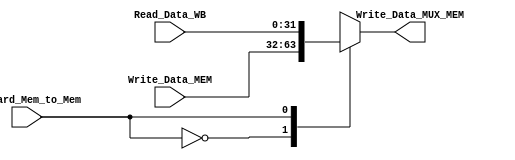
// when Forward_Mem_to_Mem is high, Write_Data_MEM is forwarded to Write_Data_MUX_MEM.
// This deals with hazard when lw, sw to same location.
// selection signal Forward_Mem_to_Mem is from Hazard handling unit


module MEM_to_MEM_Forward(
						input [31:0]	   Write_Data_MEM,
						input [31:0]		Read_Data_WB,
						
						input 				Forward_Mem_to_Mem,
						
						output reg [31:0]	Write_Data_MUX_MEM
			     );
   
	initial 
	begin
		Write_Data_MUX_MEM <= 32'd0;
	end
	
	parameter	First		=	0,
					Second	=	1;
					
   always@(*) begin
		case(Forward_Mem_to_Mem)
				First: 	Write_Data_MUX_MEM <= Write_Data_MEM;
				Second: 	Write_Data_MUX_MEM <= Read_Data_WB;
				default: Write_Data_MUX_MEM <= Write_Data_MEM;
		endcase
			
	end //always

endmodule // MEM_to_MEM_Forward